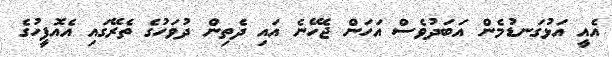
އެއީ އަޅުގަނޑުމެން އަބަދުވެސް އަހަން ޖެހޭނެ އައި ދެތިން ދުވަހުގެ ތެރޭގައި އެއޮފީހުގެ